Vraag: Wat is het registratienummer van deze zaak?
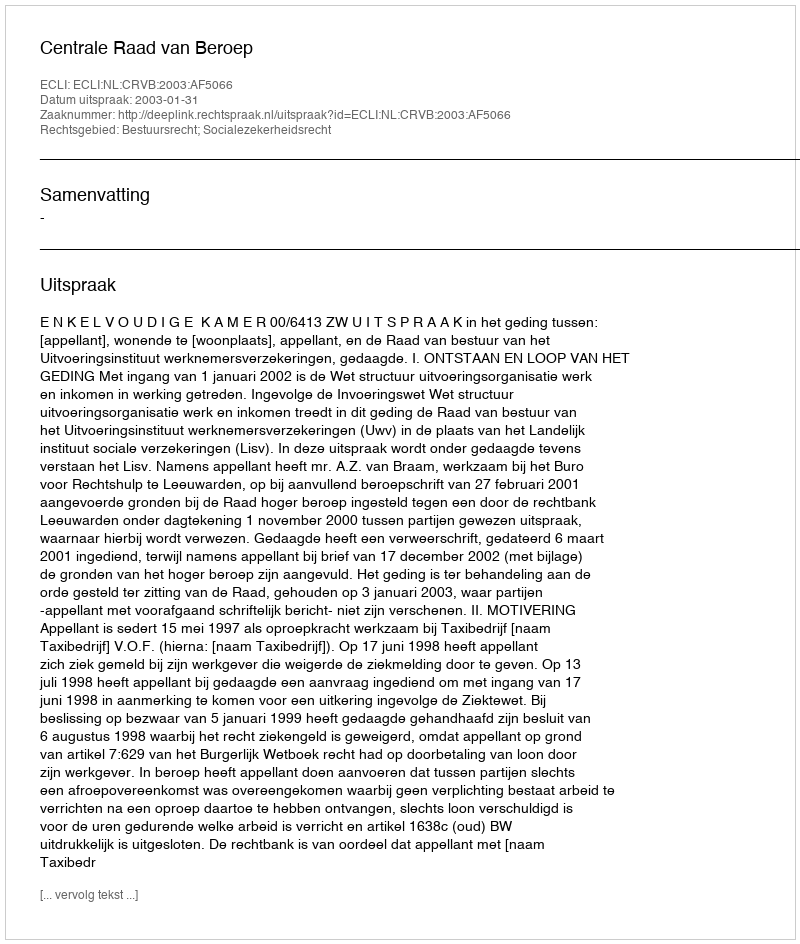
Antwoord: http://deeplink.rechtspraak.nl/uitspraak?id=ECLI:NL:CRVB:2003:AF5066